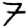
Digit: 7